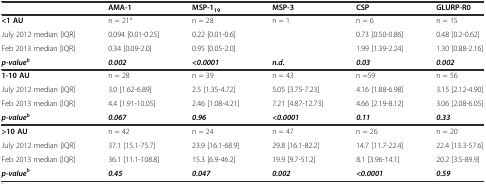
<table><thead><tr><td></td><td><b>AMA-1</b></td><td><b>MSP-1<sub>19</sub></b></td><td><b>MSP-3</b></td><td><b>CSP</b></td><td><b>GLURP-R0</b></td></tr></thead><tbody><tr><td><b>&lt;1 AU</b></td><td>n = 21<sup>a</sup></td><td>n = 28</td><td>n = 1</td><td>n = 6</td><td>n = 15</td></tr><tr><td>July 2012 median [IQR]</td><td>0.094 [0.01-0.25]</td><td>0.22 [0.01-0.6]</td><td></td><td>0.73 [0.50-0.86]</td><td>0.48 [0.2-0.62]</td></tr><tr><td>Feb 2013 median [IQR]</td><td>0.34 [0.09-2.0]</td><td>0.95 [0.05-2.0]</td><td></td><td>1.99 [1.39-2.24]</td><td>1.30 [0.88-2.16]</td></tr><tr><td><b><i>p-value</i></b><sup><b><i>b</i></b></sup></td><td><b><i>0.002</i></b></td><td><b><i>&lt;0.0001</i></b></td><td><b><i>n.d.</i></b></td><td><b><i>0.03</i></b></td><td><b><i>0.002</i></b></td></tr><tr><td><b>1-10 AU</b></td><td>n = 28</td><td>n = 39</td><td>n = 43</td><td>n =59</td><td>n = 56</td></tr><tr><td>July 2012 median [IQR]</td><td>3.0 [1.62-6.89]</td><td>2.5 [1.35-4.72]</td><td>5.05 [3.75-7.23]</td><td>4.16 [1.88-6.98]</td><td>3.15 [2.12-4.90]</td></tr><tr><td>Feb 2013 median [IQR]</td><td>4.4 [1.91-10.05]</td><td>2.46 [1.08-4.21]</td><td>7.21 [4.87-12.73]</td><td>4.66 [2.19-8.12]</td><td>3.06 [2.08-6.05]</td></tr><tr><td><b><i>p-value</i></b><sup><b><i>b</i></b></sup></td><td><b><i>0.067</i></b></td><td><b><i>0.96</i></b></td><td><b><i>&lt;0.0001</i></b></td><td><b><i>0.11</i></b></td><td><b><i>0.33</i></b></td></tr><tr><td><b>&gt;10 AU</b></td><td>n = 42</td><td>n = 24</td><td>n = 47</td><td>n = 26</td><td>n = 20</td></tr><tr><td>July 2012 median [IQR]</td><td>37.1 [15.1-75.7]</td><td>23.9 [16.1-68.9]</td><td>29.8 [16.1-82.2]</td><td>14.7 [11.7-22.4]</td><td>22.4 [13.3-57.6]</td></tr><tr><td>Feb 2013 median [IQR]</td><td>36.1 [11.1-108.8]</td><td>15.3 [6.9-46.2]</td><td>19.9 [9.7-51.2]</td><td>8.1 [3.96-14.1]</td><td>20.2 [3.5-89.9]</td></tr><tr><td><b><i>p-value</i></b><sup><b><i>b</i></b></sup></td><td><b><i>0.45</i></b></td><td><b><i>0.047</i></b></td><td><b><i>0.002</i></b></td><td><b><i>&lt;0.0001</i></b></td><td><b><i>0.59</i></b></td></tr></tbody></table>